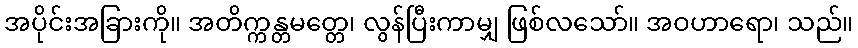
အပိုင်းအခြားကို။ အတိက္ကန္တမတ္တေ၊ လွန်ပြီးကာမျှ ဖြစ်လသော်။ အဝဟာရော၊ သည်။